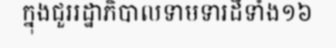
ក្នុងជួររដ្ឋាភិបាលទាមទារដីទាំង១៦